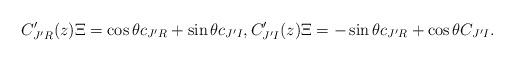
LaTeX: \begin{align*}C_{J'R}'(z)\Xi=\cos \theta c_{J'R}+\sin \theta c_{J'I},C_{J'I}'(z)\Xi = -\sin \theta c_{J'R}+\cos \theta C_{J'I}.\end{align*}